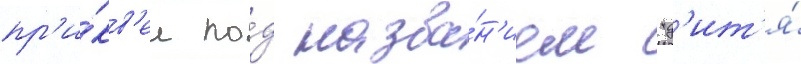
пр'и́кв'ел по́д назва́н'ием "д'ит'я́